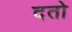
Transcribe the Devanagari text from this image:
दतो